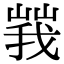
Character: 𡻍